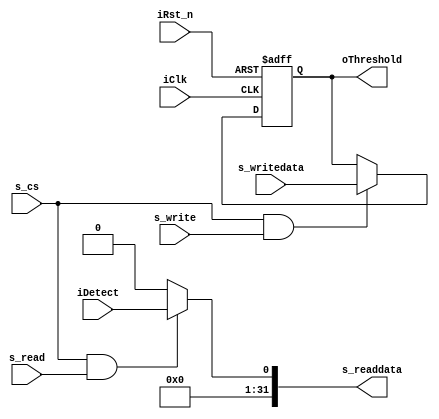
module D5M_Detect(iClk,iRst_n,
						s_read,s_readdata,s_cs,
						iDetect,
						s_write,s_writedata,
						oThreshold
						);

input iClk;
input iRst_n;
input iDetect;
input s_cs;
input					 s_read;
output		[31:0] s_readdata;
input					 s_write;
input			[31:0] s_writedata;


output  		[31:0] oThreshold;
reg 			[31:0] oThreshold;
			
always @ (posedge iClk or negedge iRst_n)
begin
  	if (~iRst_n)
	begin
     oThreshold <= 24'h700;
   end
	else 
	begin
	  if(s_cs & s_write)
	    oThreshold <= s_writedata;
	end
end
assign s_readdata = 	(s_cs & s_read)? iDetect : 0;		
endmodule